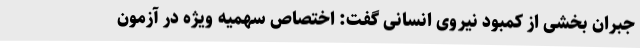
جبران بخشی از کمبود نیروی انسانی گفت: اختصاص سهمیه ویژه در آزمون